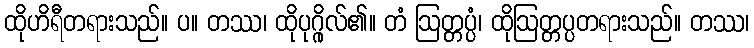
ထိုဟိရီတရားသည်။ ပ။ တဿ၊ ထိုပုဂ္ဂိုလ်၏။ တံ ဩတ္တပ္ပံ၊ ထိုဩတ္တပ္ပတရားသည်။ တဿ၊